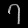
Digit: ၇